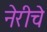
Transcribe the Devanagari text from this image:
नेरीचे